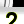
Digit: 2